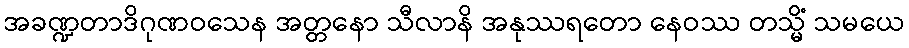
အခဏ္ဍတာဒိဂုဏဝသေန အတ္တနော သီလာနိ အနုဿရတော နေဝဿ တသ္မိံ သမယေ